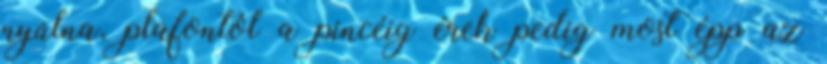
nyúlna, plafontól a pincéig érek pedig most épp az